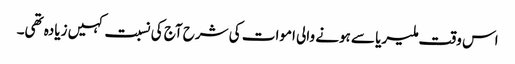
اس وقت ملیریا سے ہونے والی اموات کی شرح آج کی نسبت کہیں زیادہ تھی۔